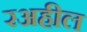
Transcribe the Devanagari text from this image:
रअहील